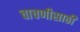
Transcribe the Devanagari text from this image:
चाचणीसाठी